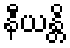
နီယန္တိ